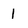
Character: 1